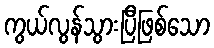
ကွယ်လွန်သွားပြီဖြစ်သော